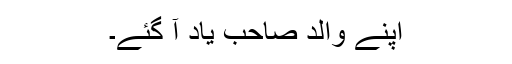
اپنے والد صاحب یاد آ گئے۔